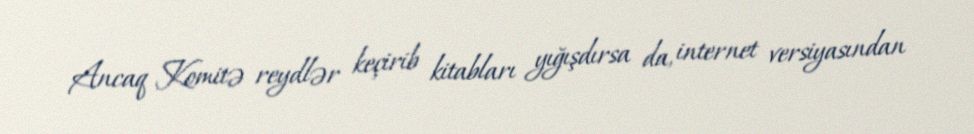
Ancaq Komitə reydlər keçirib kitabları yığışdırsa da, internet versiyasından